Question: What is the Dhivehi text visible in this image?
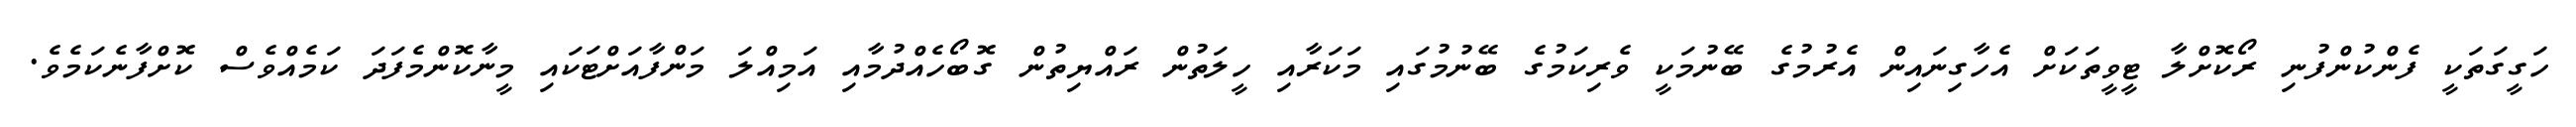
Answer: ހަގީގަތަކީ ފެންކުންފުނި ރޯކޮށްލާ ޓީވީތަކަށް އެހާގިނައިން އެރުމުގެ ބޭނުމަކީ ވެރިކަމުގެ ބޭނުމުގައި މަކަރާއި ހީލަތުން ރައްޔިތުން ގޮބޯހެއްދުމާއި އަމިއްލަ މަންފާއަށްޓަކައި މީނާކޮންމެފަދަ ކަމެއްވެސް ކޮށްފާނެކަމެވެ.